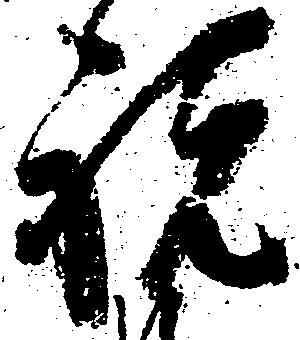
祝